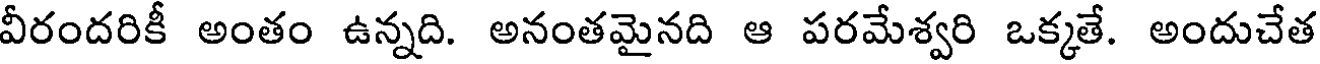
వీరందరికీ అంతం ఉన్నది. అనంతమైనది ఆ పరమేశ్వరి ఒక్కతే. అందుచేత